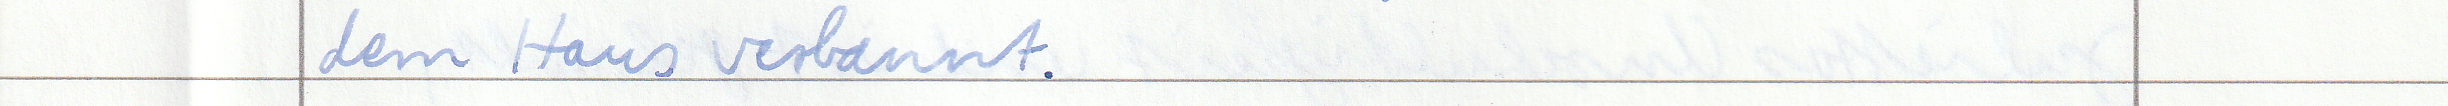
dem Haus verbannt.